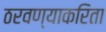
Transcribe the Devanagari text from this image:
ठरवण्याकरिता